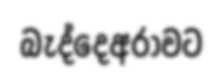
බැද්දෙඅරාවට